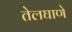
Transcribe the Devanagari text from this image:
तेलघाणे